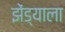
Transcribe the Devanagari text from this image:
झेंड्याला